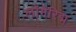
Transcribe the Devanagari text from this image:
लॉगेरिद्म